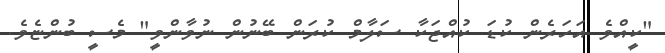
"ކީއްވެ އަހަރެން ކުޑަ ކުއްޖަކާ ސަލާމް ކުރަން ބޭނުން ނުވާންވީ" މެސީ ބުންޏެވެ.